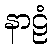
နာဠံ